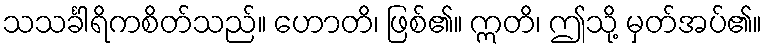
သသင်္ခါရိကစိတ်သည်။ ဟောတိ၊ ဖြစ်၏။ ဣတိ၊ ဤသို့ မှတ်အပ်၏။